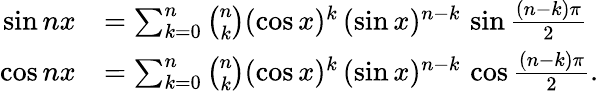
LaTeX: {\begin{array}{rl}{\sin nx}&{=\sum_{k=0}^{n}{\binom{n}{k}}(\cos x)^{k}\, (\sin x)^{n-k}\, \sin{\frac{(n-k)\pi}{2}}}\\ {\cos nx}&{=\sum_{k=0}^{n}{\binom{n}{k}}(\cos x)^{k}\, (\sin x)^{n-k}\, \cos{\frac{(n-k)\pi}{2}}.}\end{array}}